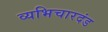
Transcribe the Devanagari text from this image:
व्यभिचारदंड